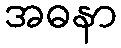
အဓနာ